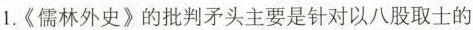
1.《儒林外史》的批判矛头主要是针对以八股取士的